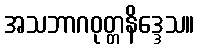
အသဘာဂဝုတ္တနိဒ္ဒေသ။